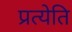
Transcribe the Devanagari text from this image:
प्रत्येति